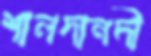
শালদানদী